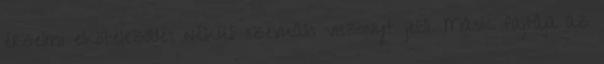
érzelmi elköteleződés nélküli szexuális viszonyt jelöli. Másik fajtája az